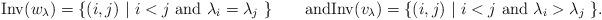
LaTeX: \begin{align*}\mathrm{Inv}(w_\lambda) &= \{ (i,j)\ |\ \hbox{$i<j$ and $\lambda_i = \lambda_j$ } \}\qquad\hbox{and}\mathrm{Inv}(v_\lambda) = \{ (i,j)\ |\ \hbox{$i<j$ and $\lambda_i>\lambda_j$ } \}.\end{align*}